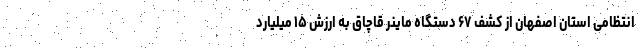
انتظامی استان اصفهان از کشف ۶۷ دستگاه ماینر قاچاق به ارزش ۱۵ میلیارد